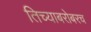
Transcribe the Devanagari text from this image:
तिच्याबरोबरच